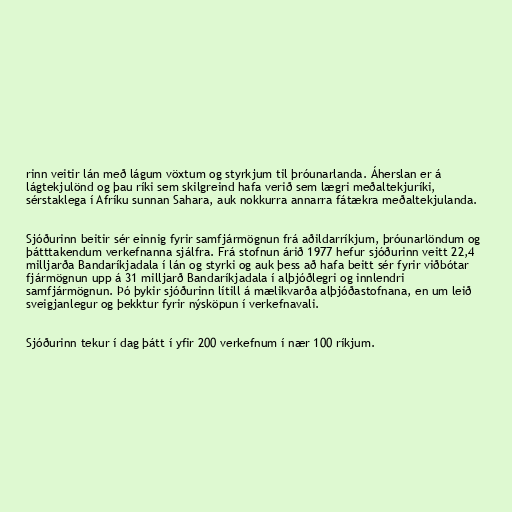
rinn veitir lán með lágum vöxtum og styrkjum til þróunarlanda. Áherslan er á
lágtekjulönd og þau ríki sem skilgreind hafa verið sem lægri meðaltekjuríki,
sérstaklega í Afríku sunnan Sahara, auk nokkurra annarra fátækra meðaltekjulanda.

Sjóðurinn beitir sér einnig fyrir samfjármögnun frá aðildarríkjum, þróunarlöndum og
þátttakendum verkefnanna sjálfra. Frá stofnun árið 1977 hefur sjóðurinn veitt 22,4
milljarða Bandaríkjadala í lán og styrki og auk þess að hafa beitt sér fyrir viðbótar
fjármögnun upp á 31 milljarð Bandaríkjadala í alþjóðlegri og innlendri
samfjármögnun. Þó þykir sjóðurinn lítill á mælikvarða alþjóðastofnana, en um leið
sveigjanlegur og þekktur fyrir nýsköpun í verkefnavali.

Sjóðurinn tekur í dag þátt í yfir 200 verkefnum í nær 100 ríkjum.